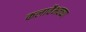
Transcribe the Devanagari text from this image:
कलावैभवच्या